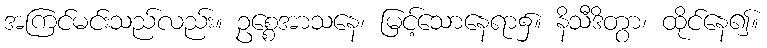
အကြင်မင်းသည်လည်း။ ဥစ္စေအာသနေ၊ မြင့်သောနေရာ၌။ နိသီဒိတွာ၊ ထိုင်နေ၍။